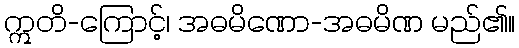
ဣတိ-ကြောင့်၊ အဓမိဏော-အဓမိဏ မည်၏။